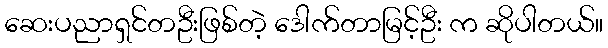
ဆေးပညာရှင်တဦးဖြစ်တဲ့ ဒေါက်တာမြင့်ဦး က ဆိုပါတယ်။